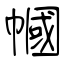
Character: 幗